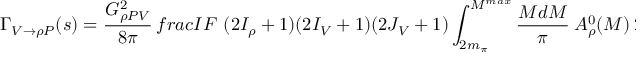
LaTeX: \Gamma _ { V \to \rho P } ( s ) = \frac { G _ { \rho P V } ^ { 2 } } { 8 \pi } \, f r a c { I F \ ( 2 I _ { \rho } + 1 ) } { ( 2 I _ { V } + 1 ) ( 2 J _ { V } + 1 ) } \int _ { 2 m _ { \pi } } ^ { M ^ { m a x } } \frac { M d M } { \pi } \ A _ { \rho } ^ { 0 } ( M ) \ 2 q _ { c m } ^ { 3 } \ F _ { \rho P V } ( q _ { c m } ) ^ { 2 } \ ,